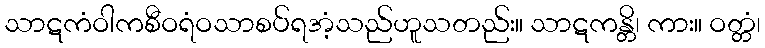
သာဋကံဝါကစီဝရံဝသာစပ်ရအံ့သည်ဟူသတည်း။ သာဋကန္တိ၊ ကား။ ဝတ္တံ၊